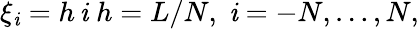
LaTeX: \xi_{\mathit{i}}=h\, \mathit{i}\; h=L/N,\; \mathit{i}=-N,\ldots,N,